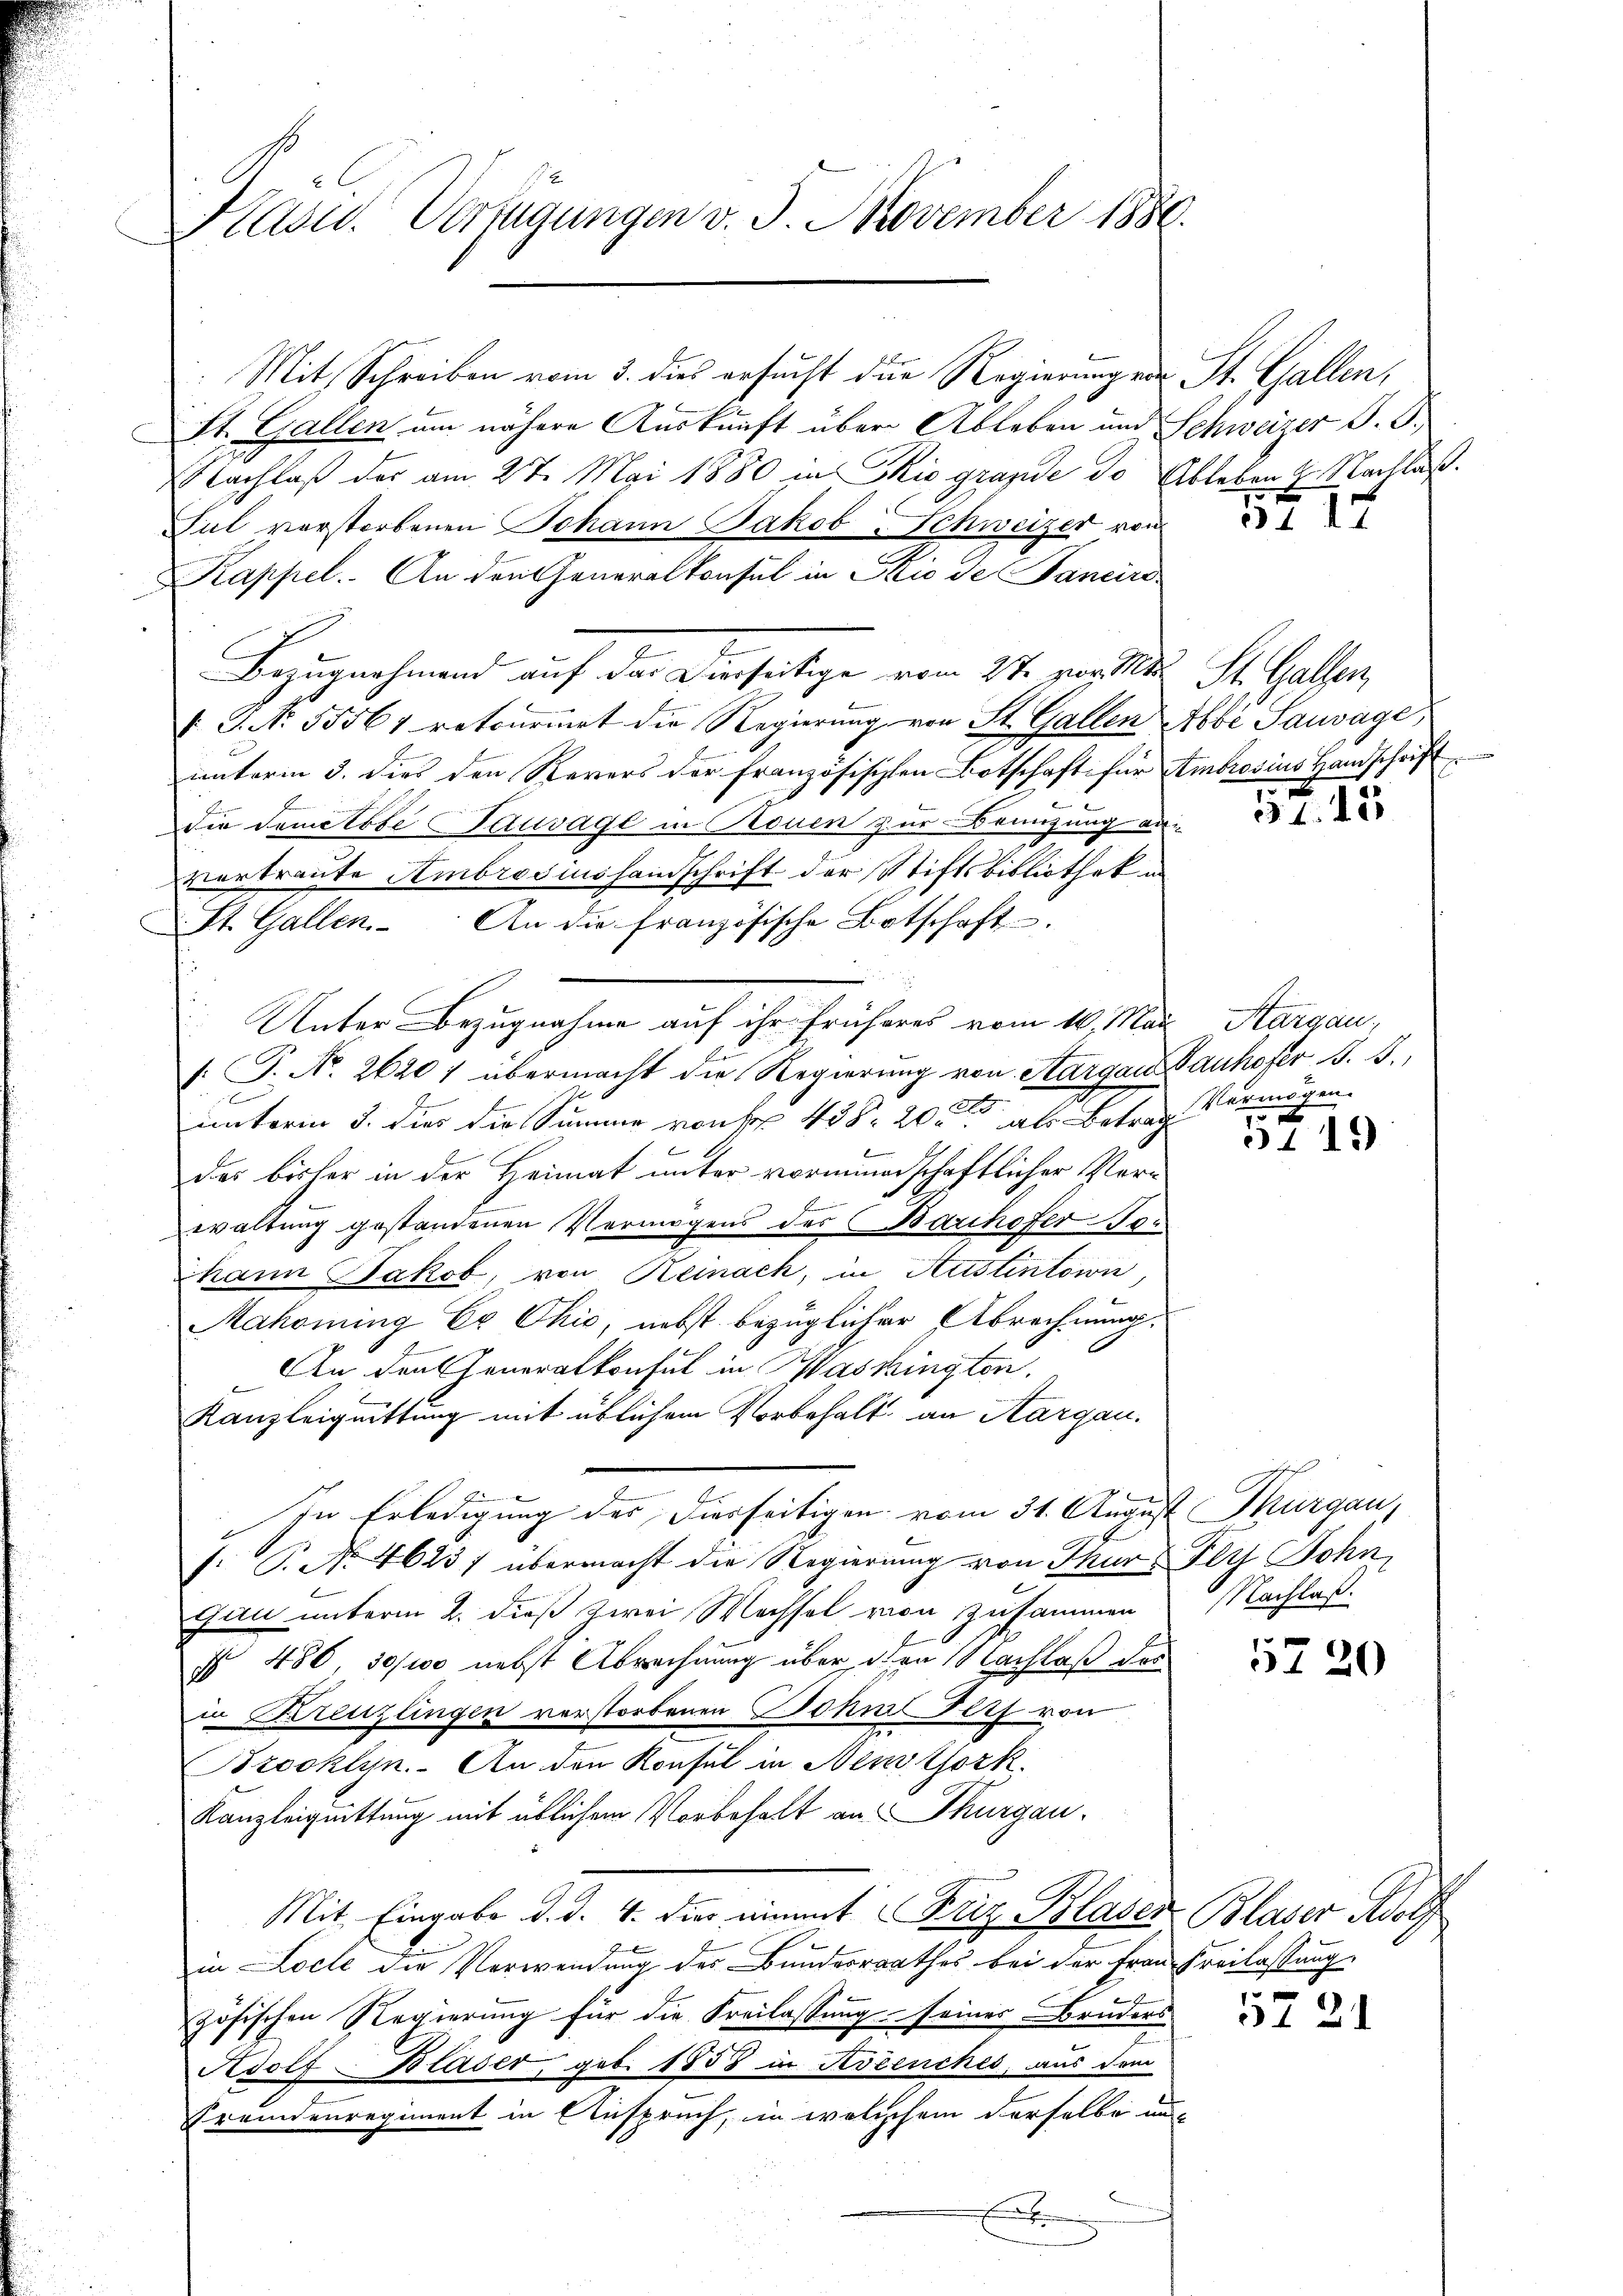
Kasw. Verfügungen v. 5. November 1880.

Mit Schreiben vom 3. dies ersucht die Regierung von St. Gallen,
St. Gallen um nähere Auskunft über Ableben und Schweizer J. G.
NNachlaß der am 27. Mai 1880 in Sie grande de Ableben H. Nachlaß.
Sul verstorbenen Johann Jakob Schweizer von
Kappel. An den Generalkonsul in Skić de Pancirs-
Bezugnahmend auf der Derseitige vom 27. von 1 St. Gallen,
V. P. Nr. 55561 retournirt die Regierung von St. Gallen Abbé Sauvage
unterm 3. dies den Revers der französischen Botschaft für Ambrosius Handschrift
E
die damitabe Sauvage in Rouen zur Benutzung an
vertraute Ambrosius handschrift der Stiftsbibliothek in
St. Gallen. An die französische Botschaft
Unter Bezugnahme auf ihr früheres vom 16. Mai Aargau,
/. J. No. 2620) übermacht die Regierung von Aargau Bauhofer §. 5.
unterm 3. dies die Summe von 458. 20. als Betrag vermögen
des bisher in der Heimat unter vormundschaftlicher Verwaltung gestandenen Vermögens des Barchofer Tor
hann Jakob, von Reinach, in Austintoin,
Mahoming Er Chić, nebst bezüglicher Abrechnung.
An den Generalkonsul in Washingten.
Kanzleiquittung mit üblichem Vorbehalt an Aargau.
In Erledigung des Diesseitigen vom 31. August Thurgau,
: P. No. 4623 f übermacht die Regierung von Thur-Fest Bohn,
Gau unterm 2. dieß zwei Wechsel von zusammen
§ 480, 30/100 nebst Abrechnung über den Nachlaß der
in Kreuzlingen verstorbenen Johin Fett von
Brooklyn. An den Konsul in Nestfork.
Kanzleiquittung mit üblichem Vorbehalt an Thurgau.
Mit Eingabe d. d. 4. dies nimmt Friz Blaser Blaser Adolf
in Loche die Verwendung des Bundesrathes bei der Frau Freilassung
zösischen Regierung für die Freilassung seiner Bruders
Asott-Blaser, geb. 1858 in Ascenches, aus dem
Fremdenregiment in Anspruch, in welchem derselbe un

5517

557. 45

3719

Nachlaß.

5720

1